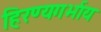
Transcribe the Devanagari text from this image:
हिरण्यगर्भाय